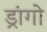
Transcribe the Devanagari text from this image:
ड्रांगो